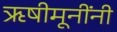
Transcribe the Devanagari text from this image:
ऋषीमूनींनी